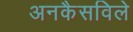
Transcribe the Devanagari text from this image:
अनकैसविले